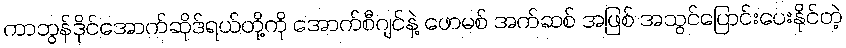
ကာဘွန်ဒိုင်အောက်ဆိုဒ်ရယ်တို့ကို အောက်စီဂျင်နဲ့ ဖောမစ် အက်ဆစ် အဖြစ် အသွင်ပြောင်းပေးနိုင်တဲ့